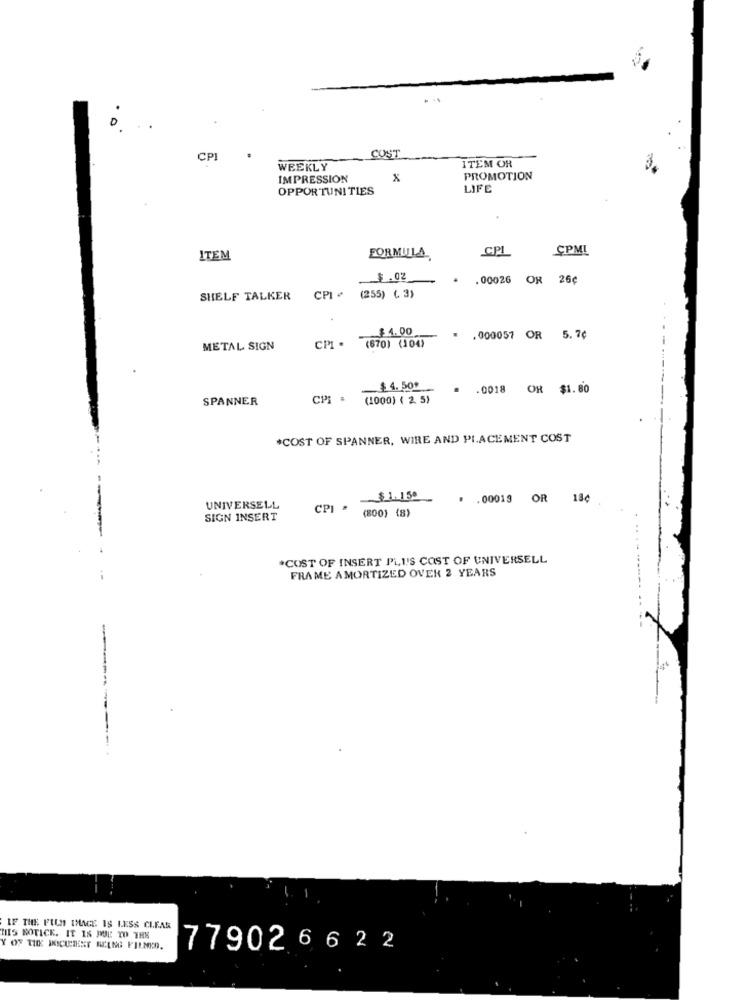
0
COST
CP
WEEKLY
ITEM OR
IMPRESSION
x
PROMOTION
OPPORTUNITIES
LIFE
CPI
CPML
ITEM
FORMULA
. 00026
OR
26¢
(255) (. 3)
SHELF TALKER CPI
$4.00
.000057 OR 5.7¢
METAL SIGN
CPI - (670) (104)
$ 4. 50+
.0018 OR $1.80
SPANNER
CPI = (1000) ( 2. 5)
*COST OF SPANNER, WIRE AND PLACEMENT COST
* . 00019 OR 18¢
UNIVERSELL
CPI .
(800) (8)
SIGN INSERT
*COST OF INSERT PLUS COST OF UNIVERSELL
FRAME AMORTIZED OVER 2 YEARS
IF THE FILM IMAGE IS LESS CLEAR
THIS NOTICE. IT IS DUE TO THE
779026622